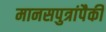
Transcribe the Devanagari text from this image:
मानसपुत्रांपैकी